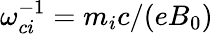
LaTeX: \omega_{ci}^{-1}=m_{i}c/(eB_{0})